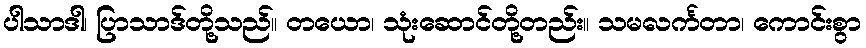
ပါသာဒါ၊ ပြာသာဒ်တို့သည်။ တယော၊ သုံးဆောင်တို့တည်း။ သမလင်္ကတာ၊ ကောင်းစွာ